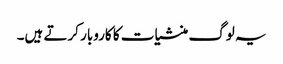
یہ لوگ منشیات کا کاروبار کرتے ہیں۔